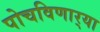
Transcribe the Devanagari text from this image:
पोचविणार्‍या